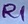
Text: R1